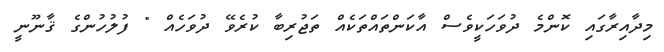
މިދާއިރާގައި ކޮންމެ ދުވަހަކީވެސް އާކަންތައްތަކެއް ތަޖުރިބާ ކުރެވޭ ދުވަހެއް " ފުލުހުންގެ ޤާނޫނީ